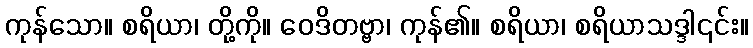
ကုန်သော။ စရိယာ၊ တို့ကို။ ဝေဒိတဗ္ဗာ၊ ကုန်၏။ စရိယာ၊ စရိယာသဒ္ဒါ၎င်း။